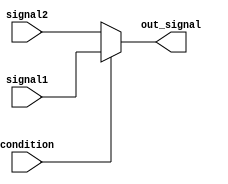
module continuous_assignment(
  input wire condition,
  input wire signal1,
  input wire signal2,
  output reg out_signal
);

always @* begin
  if(condition)
    out_signal = signal1;
  else
    out_signal = signal2;
end

endmodule